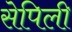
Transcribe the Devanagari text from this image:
सेपिली